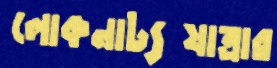
লোকনাট্যযাত্রার